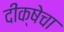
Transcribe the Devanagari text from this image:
दीक्षेचा